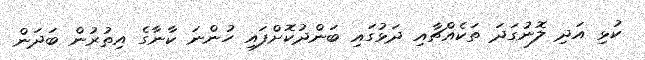
ކުޅި އަދި ލޮނުގަދަ ތަކެއްޗާއި ދަޅުގައި ބަންދުކޮށްފައި ހުންނަ ކާނާގެ އިތުރުން ބަދަން